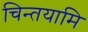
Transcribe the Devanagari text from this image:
चिन्तयामि